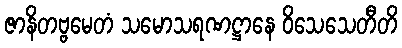
ဇာနိတဗ္ဗမေတံ သမောသရဏဋ္ဌာနေ ဝိသေသေတီတိ